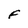
Character: F